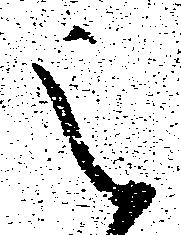
被